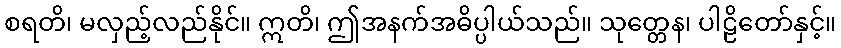
စရတိ၊ မလှည့်လည်နိုင်။ ဣတိ၊ ဤအနက်အဓိပ္ပါယ်သည်။ သုတ္တေန၊ ပါဠိတော်နှင့်။